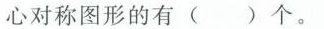
心对称图形的有()个。